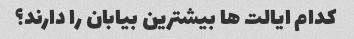
کدام ایالت ها بیشترین بیابان را دارند؟